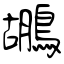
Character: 鶘